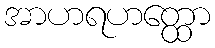
အာဟရဟတ္ထော